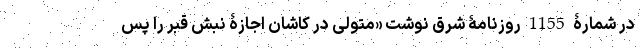
در شمارۀ 1155 روزنامۀ شرق نوشت «متولی در کاشان اجازۀ نبش قبر را پس